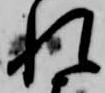
れ